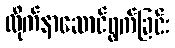
လိုက်နာဆောင်ရွက်ခြင်း